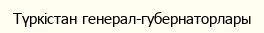
Түркістан генерал-губернаторлары